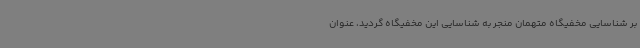
بر شناسایی مخفیگاه متهمان منجر به شناسایی این مخفیگاه گردید، عنوان